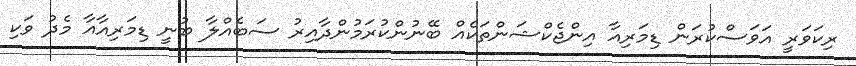
ރިކަވަރީ އަވަސްކުރަން ޑިމަރިއާ އިންޖެކްޝަންތަކެއް ބޭނުންކުރަމުންދާއިރު ސަބެއްލާ ބުނީ ޑިމަރިއާއާ މެދު ވަކި